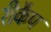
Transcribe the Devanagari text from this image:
रीकैप